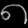
Digit: ၈